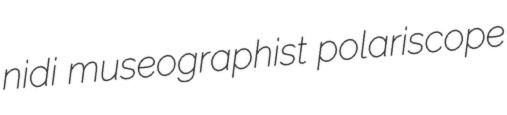
nidi museographist polariscope